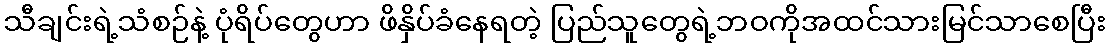
သီချင်းရဲ့သံစဉ်နဲ့ ပုံရိပ်တွေဟာ ဖိနှိပ်ခံနေရတဲ့ ပြည်သူတွေရဲ့ဘဝကိုအထင်သားမြင်သာစေပြီး